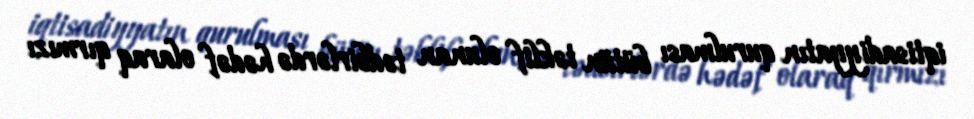
iqtisadiyyatın qurulması bütün təklif olunan tədbirlərdə hədəf olaraq qırmızı